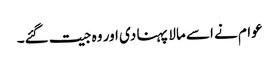
عوام نے اسے مالا پہنا دی اور وہ جیت گئے۔